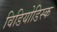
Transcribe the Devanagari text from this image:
विडियोडिस्क